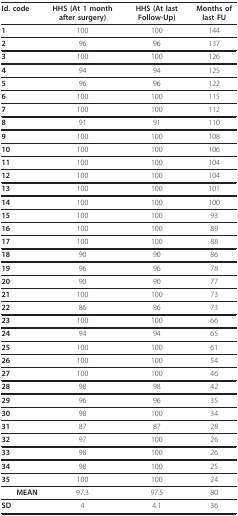
<table><thead><tr><td><b>Id. code</b></td><td><b>HHS (At 1 month after surgery)</b></td><td><b>HHS (At last Follow-Up)</b></td><td><b>Months of last FU</b></td></tr></thead><tbody><tr><td><b>1</b></td><td>100</td><td>100</td><td>144</td></tr><tr><td><b>2</b></td><td>96</td><td>96</td><td>137</td></tr><tr><td><b>3</b></td><td>100</td><td>100</td><td>126</td></tr><tr><td><b>4</b></td><td>94</td><td>94</td><td>125</td></tr><tr><td><b>5</b></td><td>96</td><td>96</td><td>122</td></tr><tr><td><b>6</b></td><td>100</td><td>100</td><td>115</td></tr><tr><td><b>7</b></td><td>100</td><td>100</td><td>112</td></tr><tr><td><b>8</b></td><td>91</td><td>91</td><td>110</td></tr><tr><td><b>9</b></td><td>100</td><td>100</td><td>108</td></tr><tr><td><b>10</b></td><td>100</td><td>100</td><td>106</td></tr><tr><td><b>11</b></td><td>100</td><td>100</td><td>104</td></tr><tr><td><b>12</b></td><td>100</td><td>100</td><td>104</td></tr><tr><td><b>13</b></td><td>100</td><td>100</td><td>101</td></tr><tr><td><b>14</b></td><td>100</td><td>100</td><td>100</td></tr><tr><td><b>15</b></td><td>100</td><td>100</td><td>93</td></tr><tr><td><b>16</b></td><td>100</td><td>100</td><td>89</td></tr><tr><td><b>17</b></td><td>100</td><td>100</td><td>88</td></tr><tr><td><b>18</b></td><td>90</td><td>90</td><td>86</td></tr><tr><td><b>19</b></td><td>96</td><td>96</td><td>78</td></tr><tr><td><b>20</b></td><td>90</td><td>90</td><td>77</td></tr><tr><td><b>21</b></td><td>100</td><td>100</td><td>73</td></tr><tr><td><b>22</b></td><td>86</td><td>86</td><td>73</td></tr><tr><td><b>23</b></td><td>100</td><td>100</td><td>66</td></tr><tr><td><b>24</b></td><td>94</td><td>94</td><td>65</td></tr><tr><td><b>25</b></td><td>100</td><td>100</td><td>61</td></tr><tr><td><b>26</b></td><td>100</td><td>100</td><td>54</td></tr><tr><td><b>27</b></td><td>100</td><td>100</td><td>46</td></tr><tr><td><b>28</b></td><td>98</td><td>98</td><td>42</td></tr><tr><td><b>29</b></td><td>96</td><td>96</td><td>35</td></tr><tr><td><b>30</b></td><td>98</td><td>100</td><td>34</td></tr><tr><td><b>31</b></td><td>87</td><td>87</td><td>28</td></tr><tr><td><b>32</b></td><td>97</td><td>100</td><td>26</td></tr><tr><td><b>33</b></td><td>98</td><td>100</td><td>26</td></tr><tr><td><b>34</b></td><td>98</td><td>100</td><td>25</td></tr><tr><td><b>35</b></td><td>100</td><td>100</td><td>24</td></tr><tr><td> <b>MEAN</b></td><td>97.3</td><td>97.5</td><td>80</td></tr><tr><td><b>SD</b></td><td>4</td><td>4.1</td><td>36</td></tr></tbody></table>